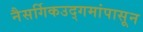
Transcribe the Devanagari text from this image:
नैसर्गिकउद्गमांपासून